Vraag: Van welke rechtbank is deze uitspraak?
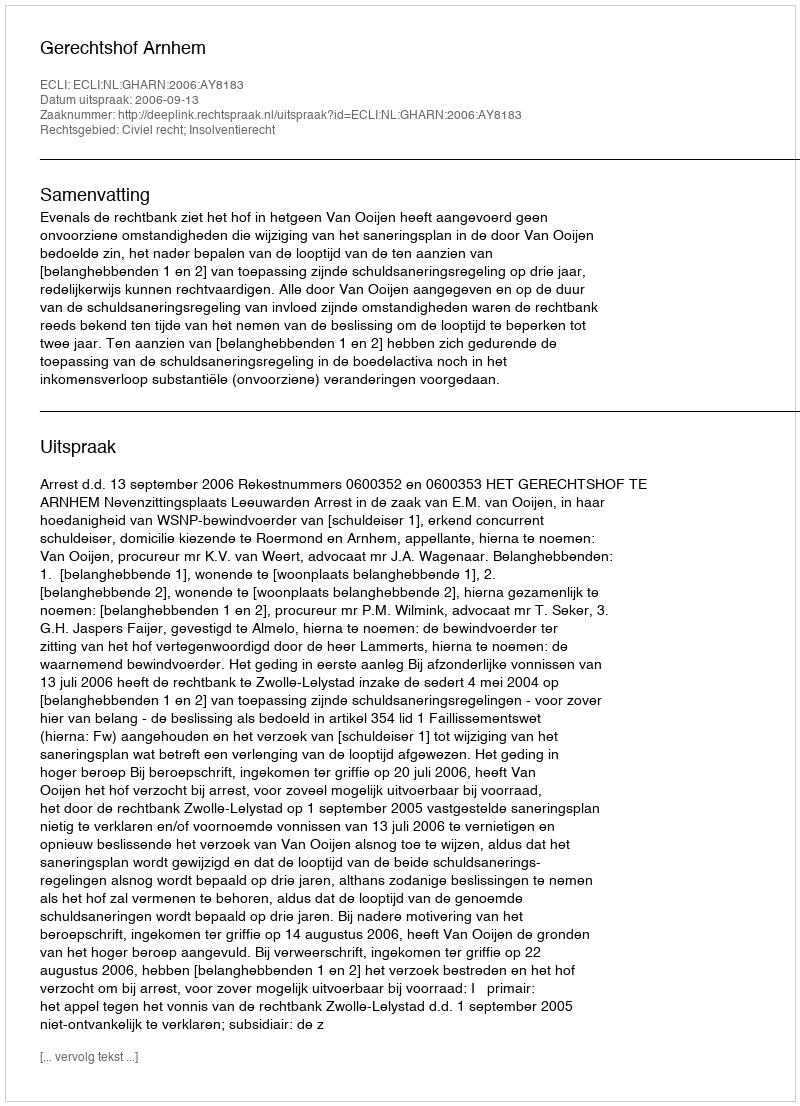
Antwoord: Gerechtshof Arnhem